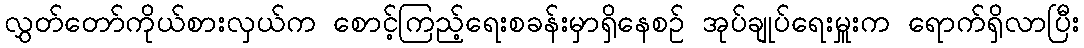
လွှတ်တော်ကိုယ်စားလှယ်က စောင့်ကြည့်ရေးစခန်းမှာရှိနေစဉ် အုပ်ချုပ်ရေးမှူးက ရောက်ရှိလာပြီး